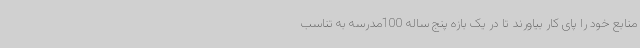
منابع خود را پای کار بیاورند تا در یک بازه پنج ساله 100مدرسه به تناسب